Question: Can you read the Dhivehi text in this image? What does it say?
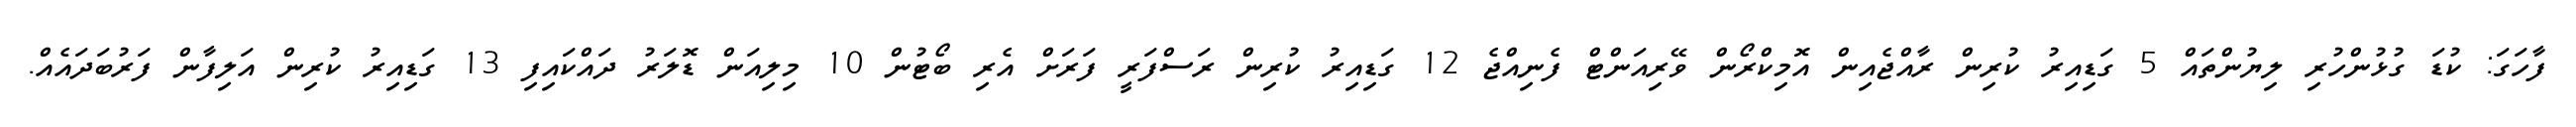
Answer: ފާހަގަ: ކުޑަ ގުޅުންހުރި ލިޔުންތައް 5 ގަޑިއިރު ކުރިން ރާއްޖެއިން އޮމިކްރޯން ވޭރިއަންޓް ފެނިއްޖެ 12 ގަޑިއިރު ކުރިން ރަސްފަރީ ފަރަށް އެރި ބޯޓުން 10 މިލިއަން ޑޮލަރު ދައްކައިފި 13 ގަޑިއިރު ކުރިން އަލިފާން ފަރުބަދައެއް.